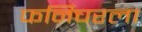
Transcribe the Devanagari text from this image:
फर्निचरला